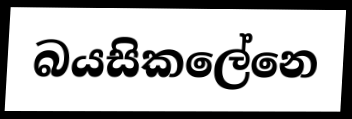
බයසිකලේනෙ